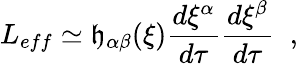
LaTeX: L_{eff}\simeq\mathfrak{h}_{\alpha\beta}(\xi)\frac{{d\xi^{\alpha}}}{{d\tau}}\frac{{d\xi^{\beta}}}{{d\tau}}\; \; ,